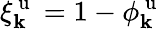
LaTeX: \xi_{\mathbf{k}}^{\mathrm{{~u~}}}=1-\phi_{\mathbf{k}}^{\mathrm{{~u~}}}